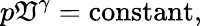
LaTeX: p\mathfrak{V}^{\gamma}={\mathrm{{constant}}},